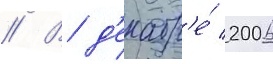
// В д'екабр'е́ 2006